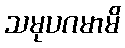
သမုပဂမာမိ